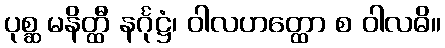
ပုစ္ဆ မနိတ္ထီ နင်္ဂုဋ္ဌံ၊ ဝါလဟတ္ထော စ ဝါလဓိ။